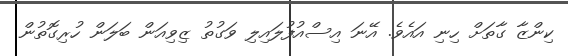
ކިންޒާ ގާތަށް ހިނި އައެވެ. އޭނަ އިސްއުފުލައިލި ވަގުތު ޒިވިއަން ބަލަން ހުރިގޮތުން